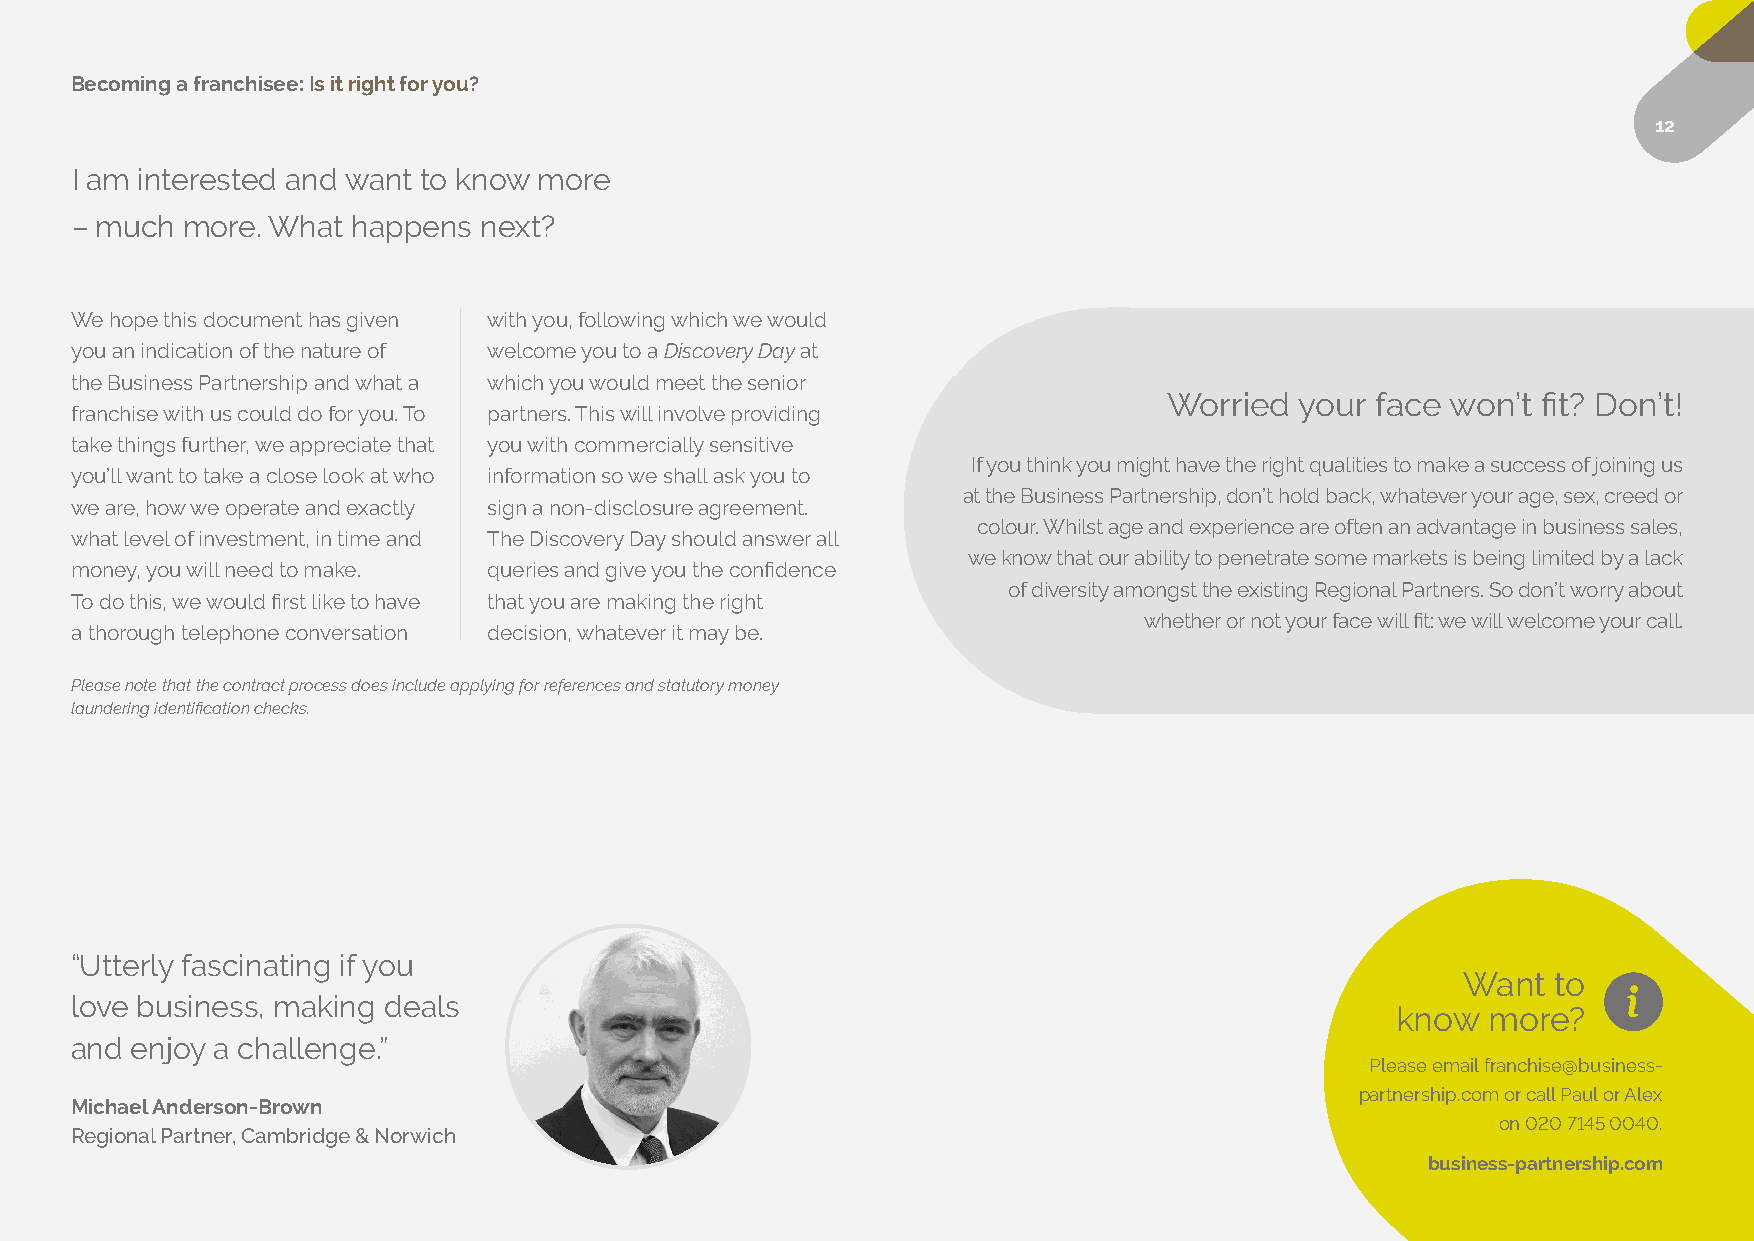
Becoming a franchisee: Is it right for you?
 12
 I am interested and want to know more
 – much more. What happens  next?
 We hope this document has given with you, following which we would
 you an indication of the nature of welcome you to a Discovery Day at
 the Business Partnership and what a which you would meet the senior
 Worried  your face won’t fit? Don’t!
 franchise with us could do for you. To partners. This will involve providing
 take things further, we appreciate that you with commercially sensitive
 If you think you might have the right qualities to make a success of joining us
 you’ll want to take a close look at who information so we shall ask you to
 at the Business Partnership, don’t hold back, whatever your age, sex, creed or
 we are, how we operate and exactly sign a non-disclosure agreement.
 colour. Whilst age and experience are often an advantage in business sales,
 what level of investment, in time and The Discovery Day should answer all
 we know that our ability to penetrate some markets is being limited by a lack
 money, you will need to make. queries and give you the confidence
 of diversity amongst the existing Regional Partners. So don’t worry about
 To do this, we would first like to have that you are making the right
 whether or not your face will fit: we will welcome your call.
 a thorough telephone conversation decision, whatever it may be.
 Please note that the contract process does include applying for references and statutory money
 laundering identification checks.
 “Utterly fascinating if you
 Want  to
 love business, making deals
 know  more?
 and enjoy a challenge.”
 Please email franchise@business-
 partnership.com or call Paul or Alex
 Michael Anderson-Brown
 on 020 7145 0040.
 Regional Partner, Cambridge & Norwich
 business-partnership.com